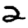
Digit: 2